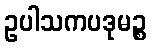
ဥပါသကပဒုမဉ္စ